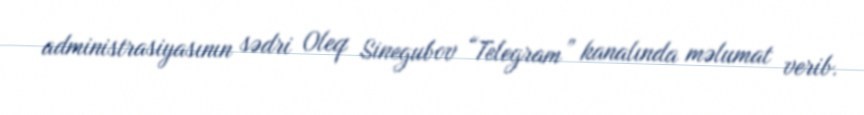
administrasiyasının sədri Oleq Sinegubov “Telegram” kanalında məlumat verib.